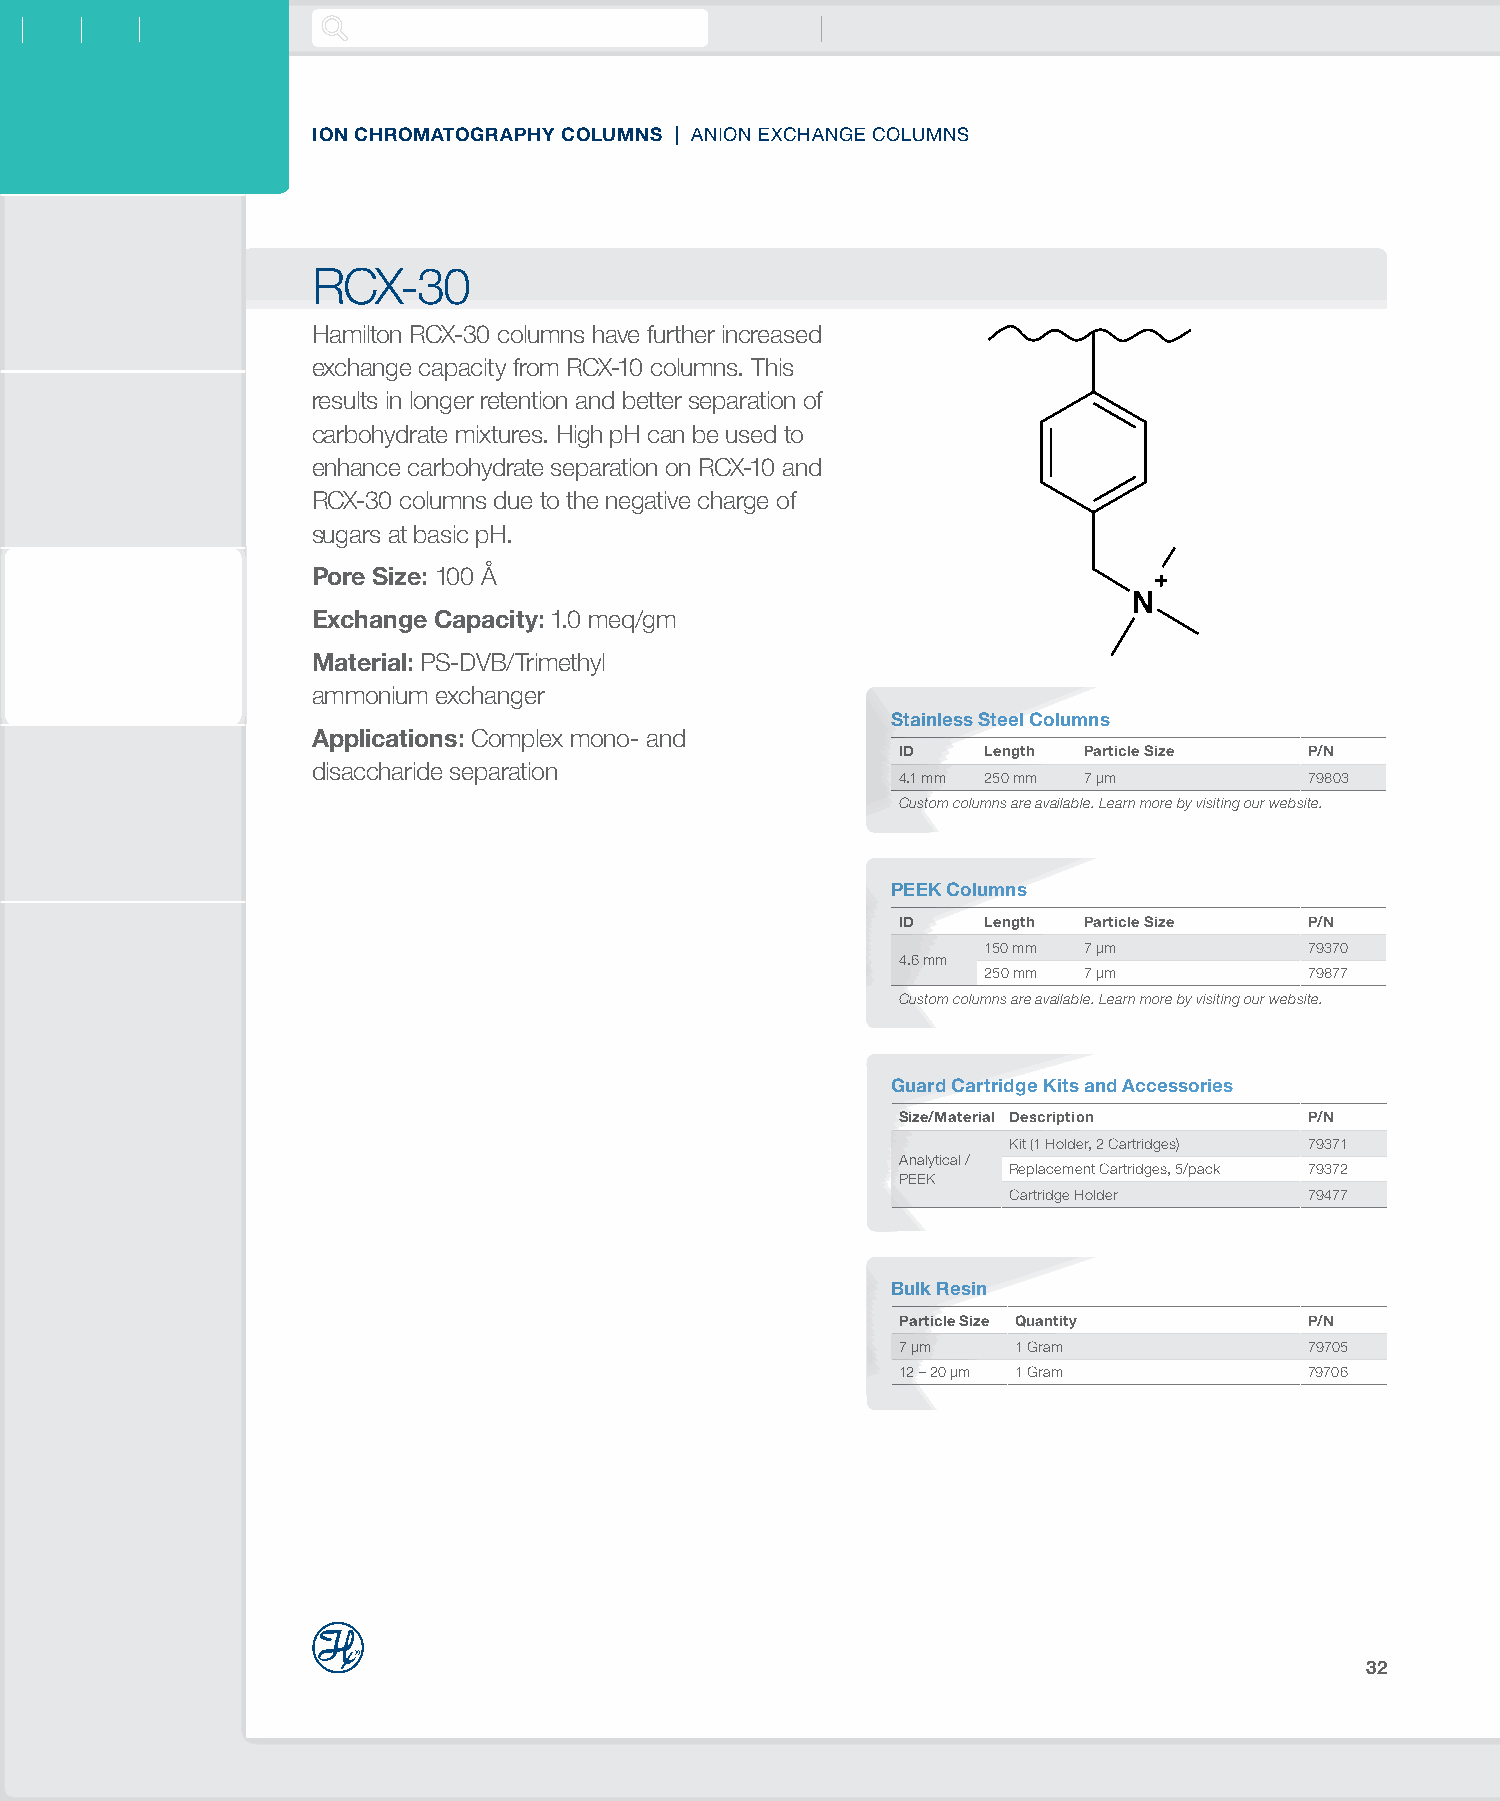
ION CHROMATOGRAPHY COLUMNS | ANION EXCHANGE COLUMNS
 RCX-30
 Hamilton RCX-30 columns have further increased
 exchange capacity from RCX-10 columns. This
 results in longer retention and better separation of
 carbohydrate mixtures. High pH can be used to
 enhance carbohydrate separation on RCX-10 and
 RCX-30 columns due to the negative charge of
 sugars at basic pH.
 Pore Size: 100 Å
 Exchange Capacity: 1.0 meq/gm
 Material: PS-DVB/Trimethyl
 ammonium exchanger
 Stainless Steel Columns
 Applications: Complex mono- and
 ID    Length Particle Size  P/N
 disaccharide separation
 4.1 mm 250 mm 7 µm          79803
 Custom columns are available. Learn more by visiting our website.
 PEEK Columns
 ID    Length Particle Size  P/N
 150 mm 7 µm           79370
 4.6 mm
 250 mm 7 µm           79877
 Custom columns are available. Learn more by visiting our website.
 Guard Cartridge Kits and Accessories
 Size/Material Description  P/N
 Kit (1 Holder, 2 Cartridges) 79371
 Analytical /
 Replacement Cartridges, 5/pack 79372
 PEEK
 Cartridge Holder    79477
 Bulk Resin
 Particle Size Quantity     P/N
 7 µm   1 Gram              79705
 12 – 20 µm 1 Gram          79706
 32